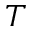
T